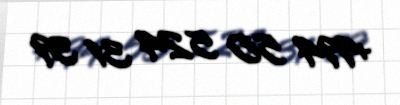
+994 50 524 31 39